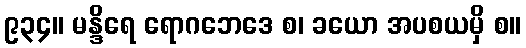
၉၃၄။ မန္ဒိရေ ရောဂဘေဒေ စ၊ ခယော အပစယမှိ စ။